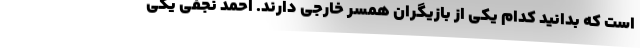
است که بدانید کدام یکی از بازیگران همسر خارجی دارند. احمد نجفی یکی